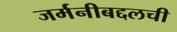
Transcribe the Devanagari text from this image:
जर्मनीबद्दलची